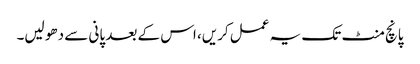
پانچ منٹ تک یہ عمل کریں، اس کے بعد پانی سے دھو لیں۔